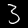
Digit: 3